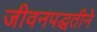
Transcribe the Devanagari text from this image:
जीवनपद्धतीने